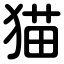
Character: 猫